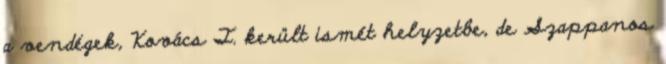
a vendégek, Kovács T. került ismét helyzetbe, de Szappanos